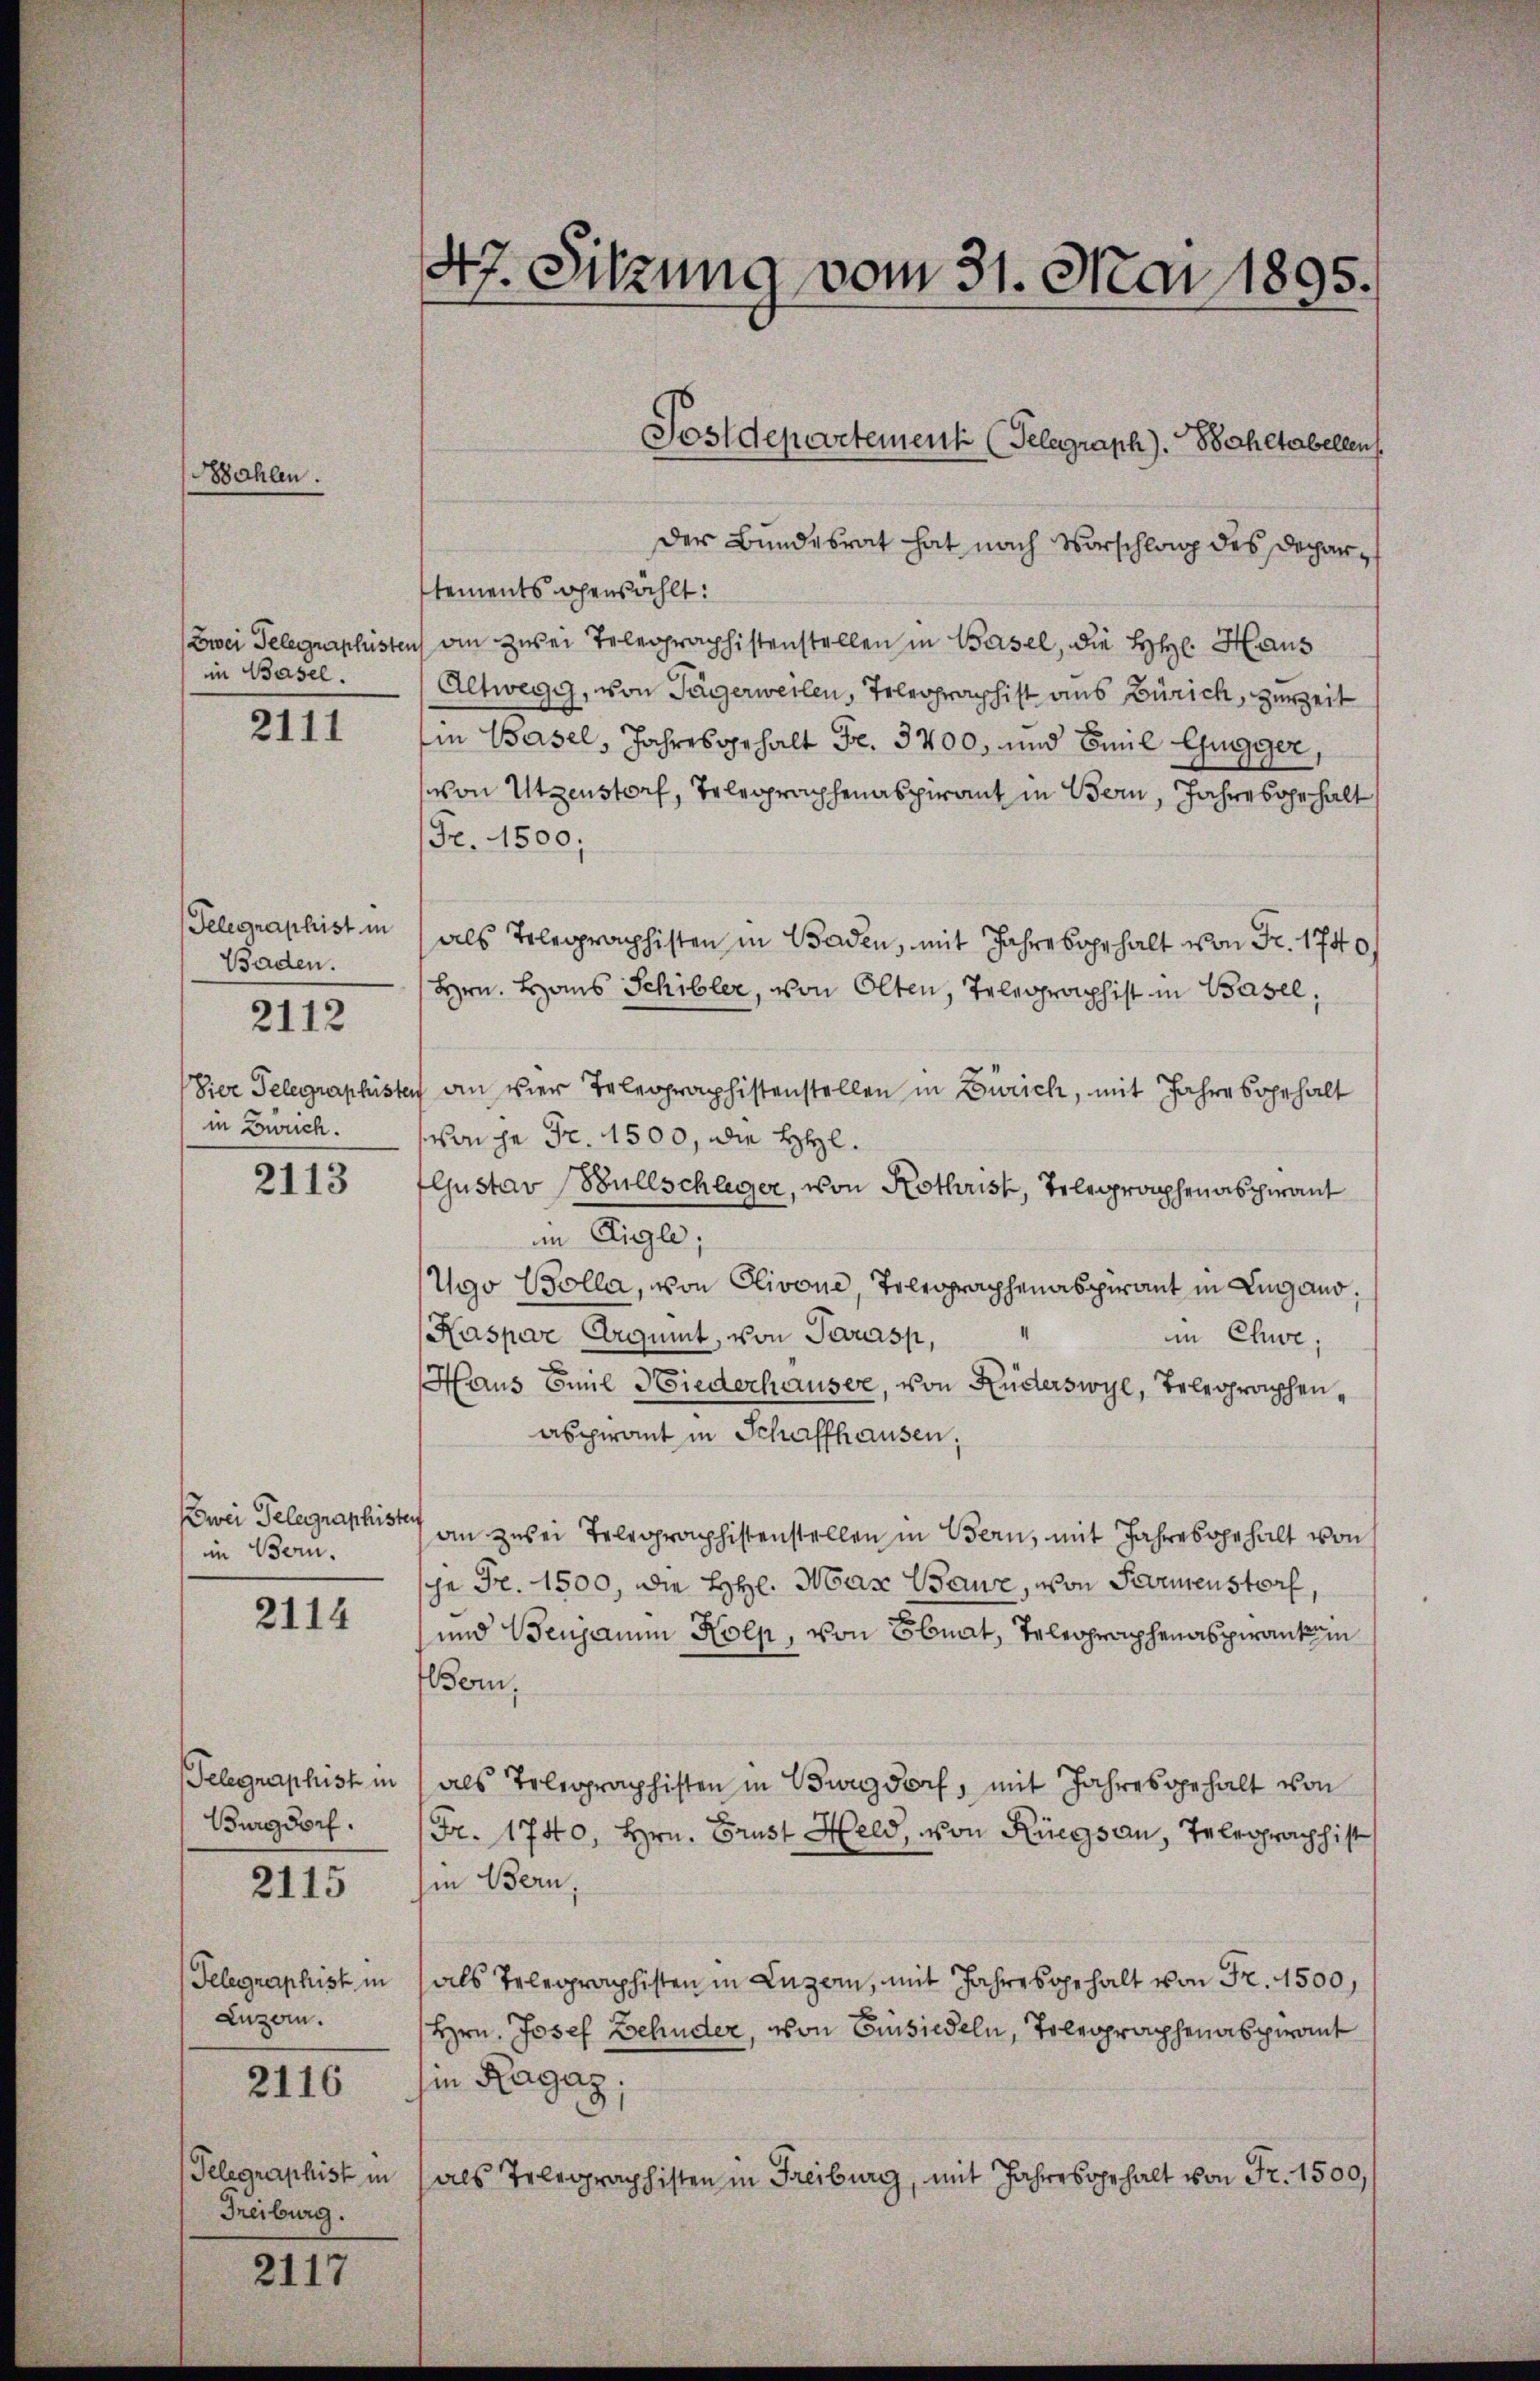
Bahlen.

in Basel.

2111

Baden.
in Zürich.

2112

2113

Zwei Telegraphisten
im Bern.

2114

Burgdorf.
2115

Luzern.

2116

Telegraphist in
Treiburg.

2117

47. Sitzung vom 31. Mai 1895.

der Bundesrat hat nach Vorschlag des Departements ohenzählt:
Zwei Gelegraphisten ain zwei Telegraphistenstellen in Basel, die H: Haus
Altwegg, von Tägerweilen, Telegraphist aus Zürich, zurZeit
in Basel, Jahresgehalt Fr. 3400, und Emil Gugger,
von Utzenstorf, Telegraphenaspirant in Bern, Jahre hohe halt
Fr. 1500;
Telegraphist in als Telegraphisten in Baden, mit Jahre bahrhalt von Fr. 1740/
Hrn. Haus Schibler, von Olten, Telegraphist in Basel,
Vier Telegraphisten an vier Telegraphistenstellen in Zürich, mit Jahresgehalt
von je Fr. 1500, die HHl.
fljustav Büllschleger, von Rothrist, Telegraphenaspirant
im Eigle;
Ugo Bolla, von Olivone, Telegraphenaspirant in Lugano,
Kaspar Argumt, von Terasp,
im Chwe,
Haus Emil Wiederhauser, von Ruderswyl, Telegraphenabpirant in Schaffhausen,
an zwei Telegraphistenstellen in Bern, mit Jahres gehalt von
je Fr. 1500, die HHl. Max Baure, von Parmenstorf,
und Venjamin Köln, von Ebnat, Telegraphenaspirantin
oin.
Telegraphist in als Telegraphisten in Burgdorf, mit Jahresgehalt von
Fr. 1740, Hrn. Brust Held, von Rüegsau, Telegraph hist
hin Bern,
Telegraphist in als Telegraphisten in Luzern, mit Jahresgehalt von Fr. 1500,
Hrn. Josef Behuder, von Einsiedeln, Tolegraphenabspirant
in Ragaz;
(als Telegraphisten in Freiburg, mit Jahresgehalt von Fr. 1500,

Postdepartement (Telegraph). Bahltabellen